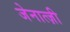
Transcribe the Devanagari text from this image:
जेनात्ज़ी